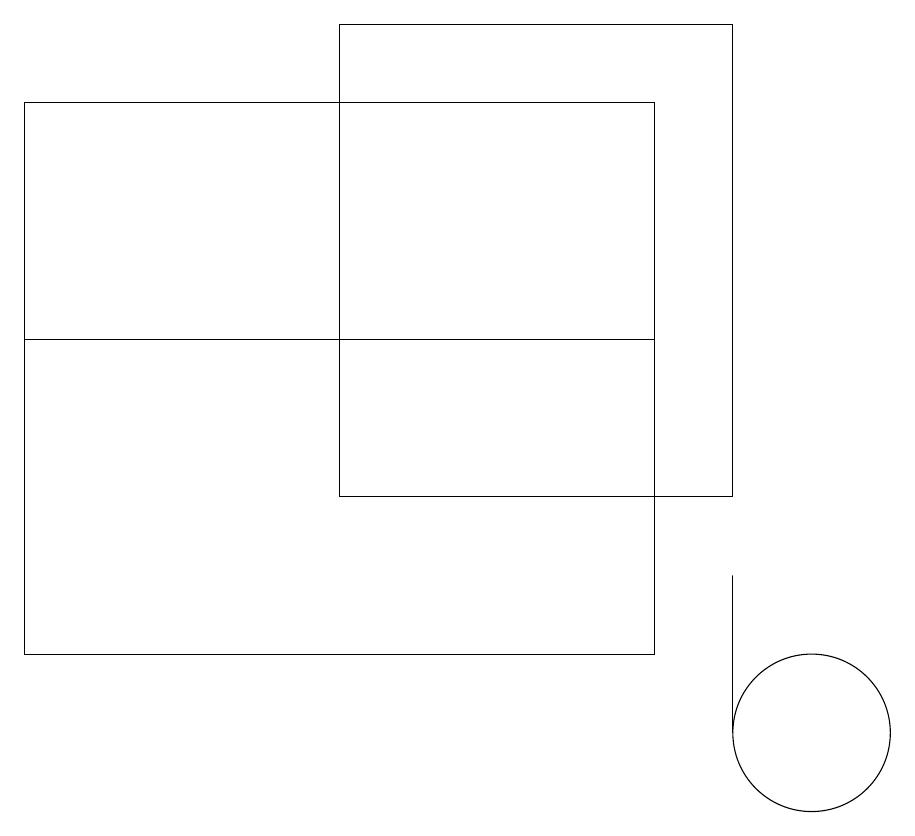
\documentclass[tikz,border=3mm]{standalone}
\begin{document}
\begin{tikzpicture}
\draw (9,10) rectangle (9,12);
\draw (10,10) circle (1);
\draw (9,13) rectangle (4,19);
\draw (8,11) rectangle (0,15);
\draw (8,11) rectangle (0,18);
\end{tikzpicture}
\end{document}